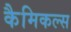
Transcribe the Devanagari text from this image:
कैमिकल्‍स